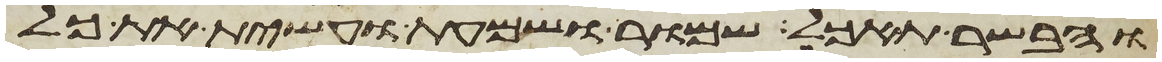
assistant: והבשר תאכל שמור ושמעת ועשית את כל